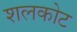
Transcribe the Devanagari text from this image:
शलकोट